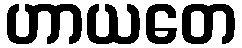
ဟာယတေ